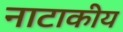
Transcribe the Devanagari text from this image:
नाटाकीय